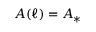
A ( \ell ) = A _ { * }